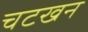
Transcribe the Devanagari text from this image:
चटखन